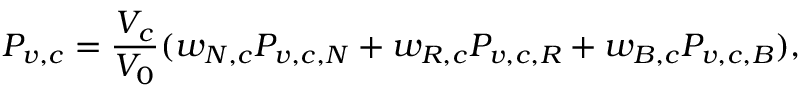
P _ { v , c } = \frac { V _ { c } } { V _ { 0 } } ( w _ { N , c } P _ { v , c , N } + w _ { R , c } P _ { v , c , R } + w _ { B , c } P _ { v , c , B } ) ,